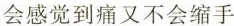
会感觉到痛又不会缩手